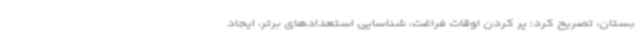
بستان، تصریح کرد: پر کردن اوقات فراغت، شناسایی استعدادهای برتر، ایجاد